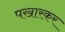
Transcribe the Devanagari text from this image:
पखारकर